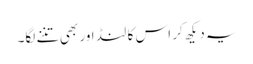
یہ دیکھ کر اس کا لنڈ اور بھی تننے لگا۔